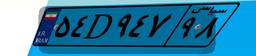
۰۲D۱۸۹۲۱